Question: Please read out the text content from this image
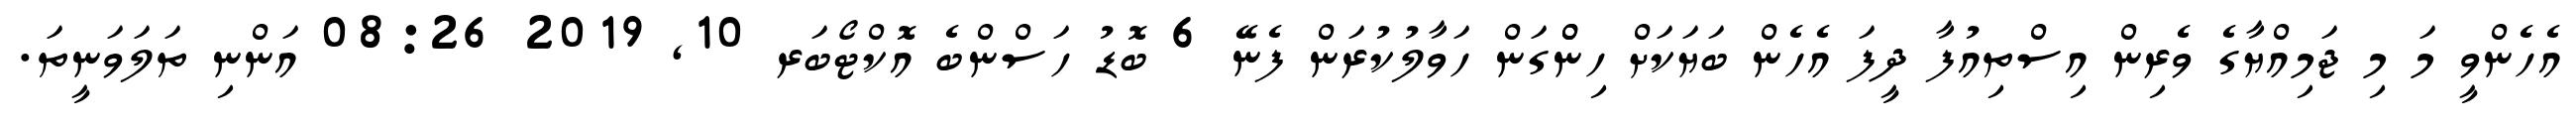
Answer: އެހެންވީ މަ މި ޖަމިއްޔާގެ ވެރިން އިސްތިއުފާ ދީފަ އެހެން ބަޔަކަށް ހިންްގަން ހަވާލުކުރަން ފެނޭ 6 ބޮޑު ހަސްންބެ އޮކްޓޯބަރ 10, 2019 08:26 އަންނި ތަލަވަނީތަ.